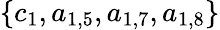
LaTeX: \{ c_{1},a_{1,5},a_{1,7},a_{1,8}\}